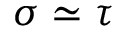
\sigma \simeq \tau